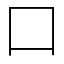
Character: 口